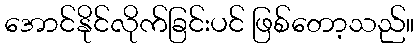
အောင်နိုင်လိုက်ခြင်းပင် ဖြစ်တော့သည်။